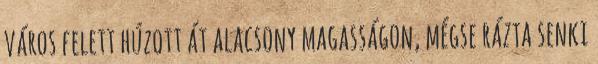
város felett húzott át alacsony magasságon, mégse rázta senki